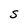
Character: s